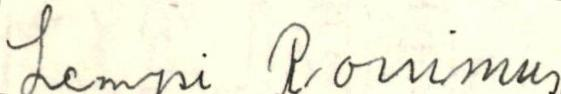
Lempi Ronimus